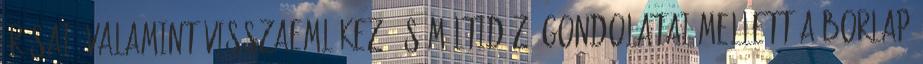
írásai, valamint visszaemlékező és múltidéző gondolatai mellett a Borlap